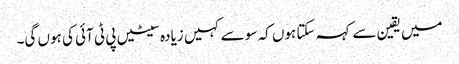
میں یقین سے کہہ سکتا ہوں کہ سو سے کہیں زیادہ سیٹیں پی ٹی آئی کی ہوں گی۔